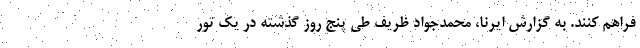
فراهم کنند. به گزارش ایرنا، محمدجواد ظریف طی پنج روز گذشته در یک تور